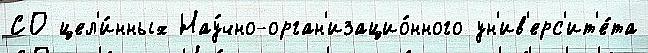
СО цел'и́нных Нау́чно-орган'изацио́нного ун'ив'ерс'ит'е́та